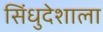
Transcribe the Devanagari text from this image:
सिंधुदेशाला